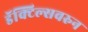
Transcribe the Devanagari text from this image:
डॅक्टिल्सवरुन